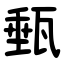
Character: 甀